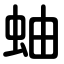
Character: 蚰